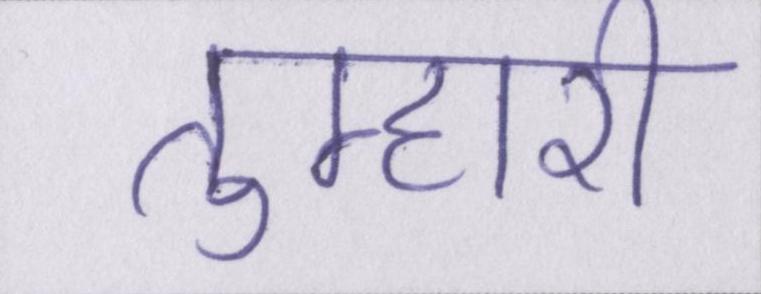
तुम्हारी